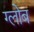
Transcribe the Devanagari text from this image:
ग्‍लोब